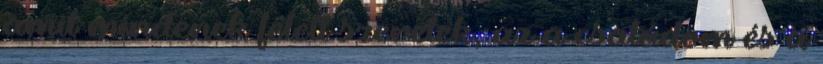
amit mindenek felett szeretek, az a családom és a